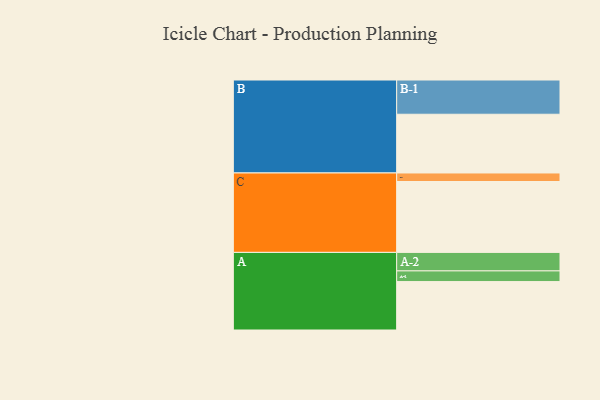
{"axis": {"x": "Segment", "y": "Value"}, "legend": ["", "A", "B", "C"], "data": [{"x": "A", "y": 403, "type": ""}, {"x": "B", "y": 489, "type": ""}, {"x": "C", "y": 590, "type": ""}, {"x": "A-1", "y": 89, "type": "A"}, {"x": "A-2", "y": 154, "type": "A"}, {"x": "B-1", "y": 285, "type": "B"}, {"x": "C-1", "y": 71, "type": "C"}]}